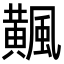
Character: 𩙁